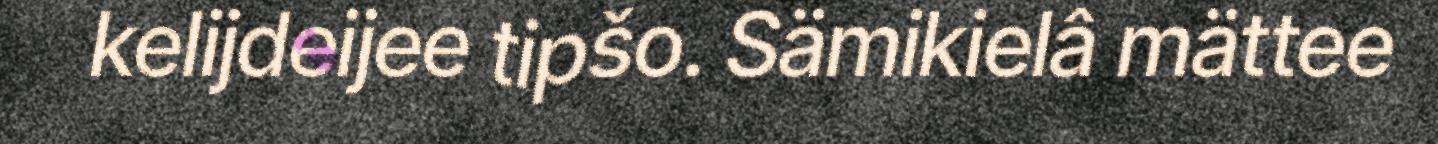
kelijdeijee tipšo. Sämikielâ mättee